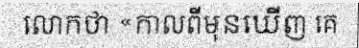
លោកថា «កាលពីមុនឃើញ គេ